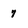
Character: 7